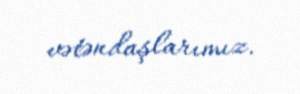
vətəndaşlarımız.